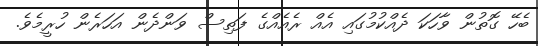
ބެހޭ ގޮތުން ވާހަކަ ދެއްކުމުގައި އެއް ރެއެއްގެ ފަތިސް ވަންދެން އަހަރެން ހުރީމެވެ.